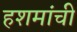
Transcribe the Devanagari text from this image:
हशमांची